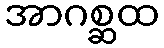
အာဂစ္ဆထ